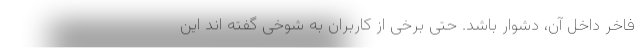
فاخر داخل آن، دشوار باشد. حتی برخی از کاربران به شوخی گفته اند این